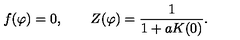
f ( \varphi ) = 0 , \qquad Z ( \varphi ) = \frac { 1 } { 1 + a K ( 0 ) } .